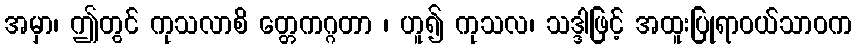
အမှာ၊ ဤတွင် ကုသလာစိ တ္တေကဂ္ဂတာ ၊ ဟူ၍ ကုသလ၊ သဒ္ဒါဖြင့် အထူးပြုရာဝယ်သာဝက